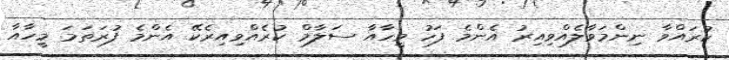
ކުރައްވާ ނިންމަވާލެއްވިއިރު އެންމެ ފަހު މީހާއާ ސަލާމް ކުރެއްވިއިރެކޭ އެންމެ ފުރަތަމަ މީހާއާ